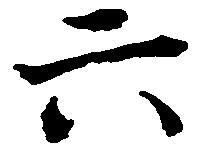
六